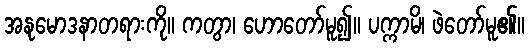
အနုမောဒနာတရားကို။ ကတွာ၊ ဟောတော်မူ၍။ ပက္ကာမိ၊ ဖဲတော်မူ၏။